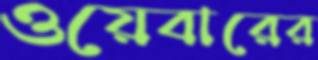
ওয়েবারের